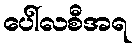
ပေါ်လစီအရ